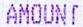
AMOUNT